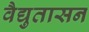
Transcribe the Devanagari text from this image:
वैद्युतासन